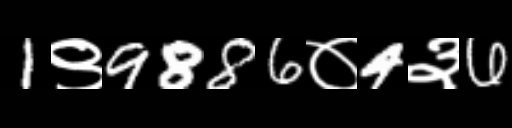
Text: 1९9886०4३6